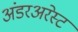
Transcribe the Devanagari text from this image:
अंडरअरेस्ट